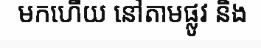
មកហើយ នៅតាមផ្លូវ និង